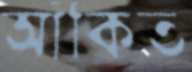
আঁকিত